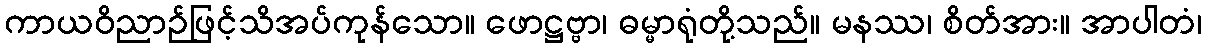
ကာယဝိညာဉ်ဖြင့်သိအပ်ကုန်သော။ ဖောဋ္ဌဗ္ဗာ၊ ဓမ္မာရုံတို့သည်။ မနဿ၊ စိတ်အား။ အာပါတံ၊